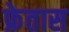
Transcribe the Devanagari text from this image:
फ्रेतास